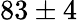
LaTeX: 83\pm 4